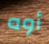
أوه